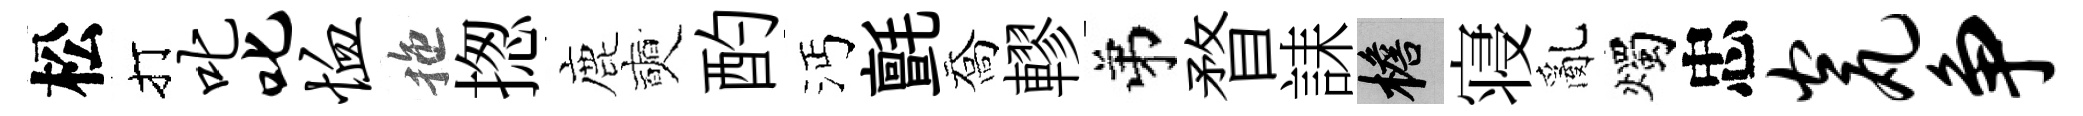
松打叱叱恤拖揔鹿奭酌沔氈喬轇弟瞀誄檐寝亂燭忠瓮争